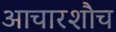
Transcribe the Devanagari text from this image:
आचारशौच